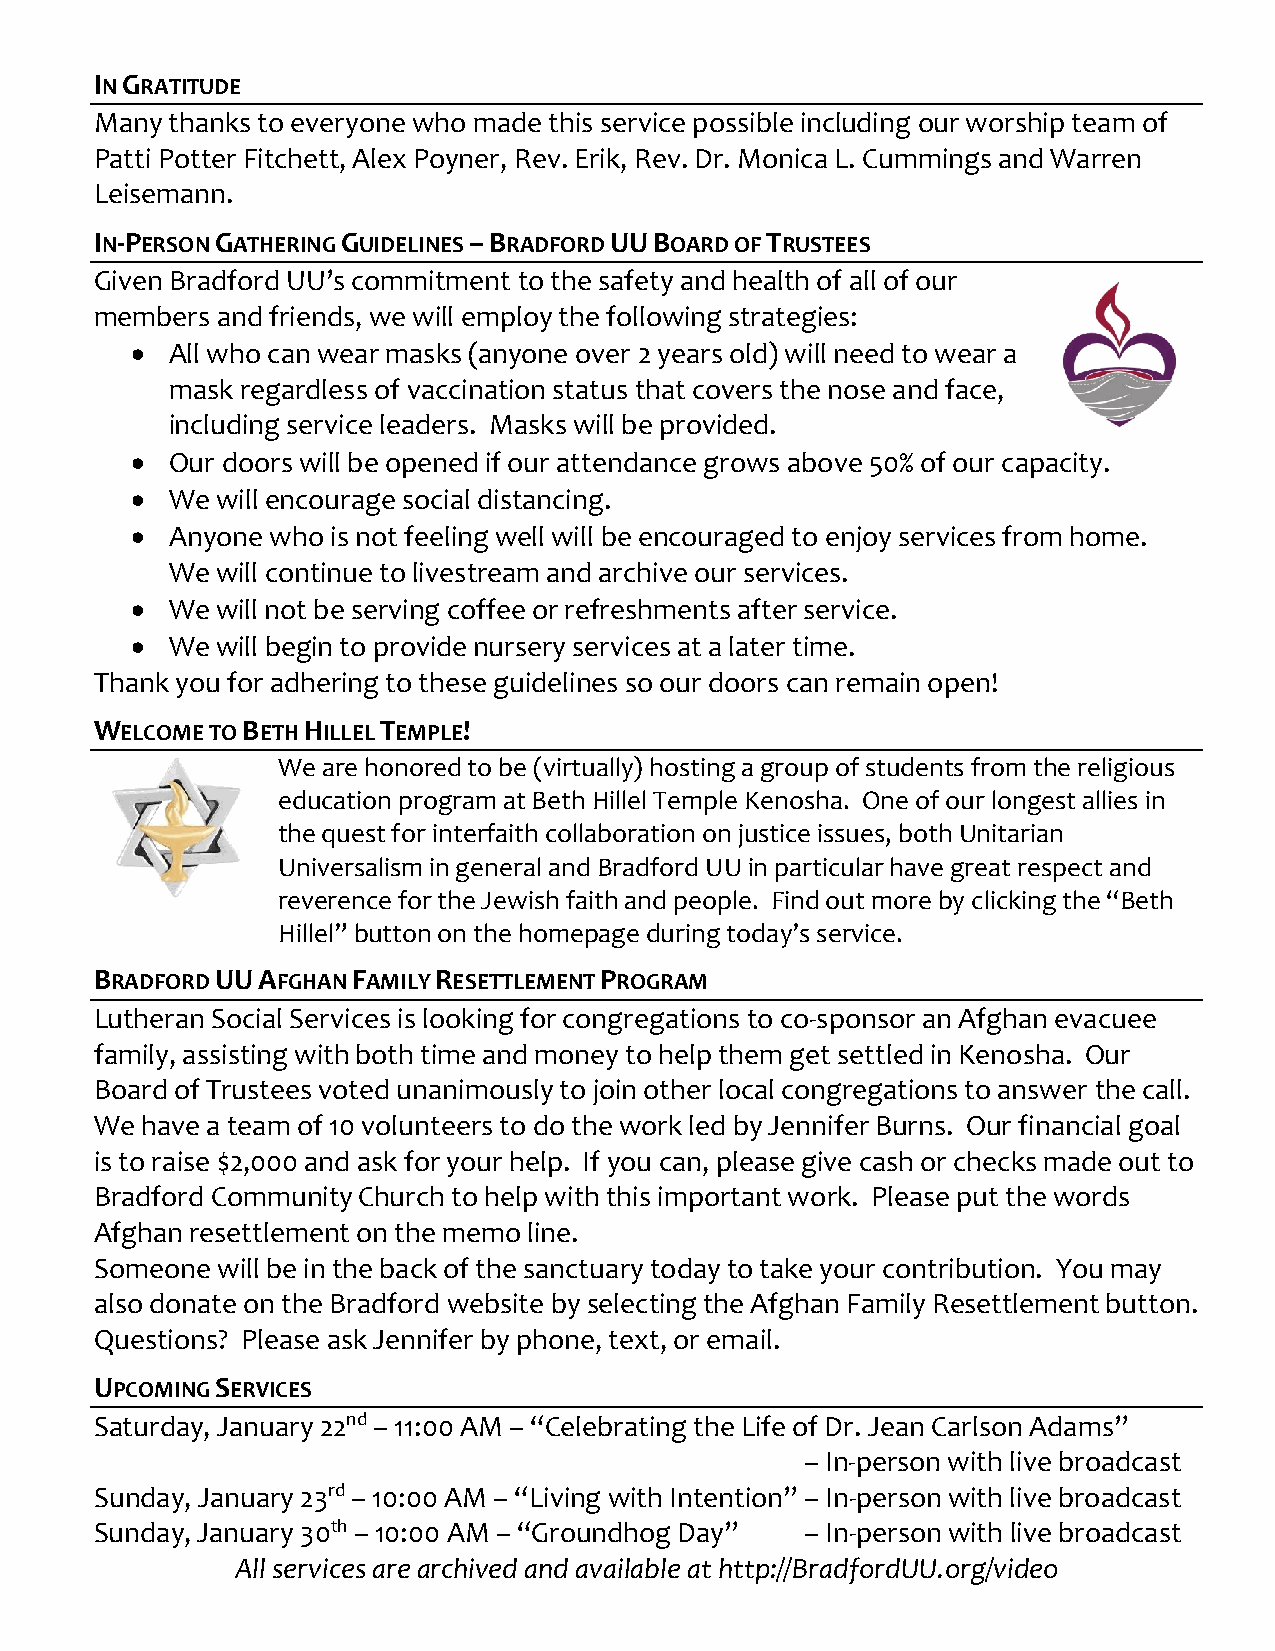
IN GRATITUDE
 Many thanks to everyone who made this service possible including our worship team of
 Patti Potter Fitchett, Alex Poyner, Rev. Erik, Rev. Dr. Monica L. Cummings and Warren
 Leisemann.
 IN-PERSON GATHERING GUIDELINES – BRADFORD UU BOARD OF TRUSTEES
 Given Bradford UU’s commitment to the safety and health of all of our
 members and friends, we will employ the following strategies:
 • All who can wear masks (anyone over 2 years old) will need to wear a
 mask regardless of vaccination status that covers the nose and face,
 including service leaders. Masks will be provided.
 • Our doors will be opened if our attendance grows above 50% of our capacity.
 • We will encourage social distancing.
 • Anyone who is not feeling well will be encouraged to enjoy services from home.
 We will continue to livestream and archive our services.
 • We will not be serving coffee or refreshments after service.
 • We will begin to provide nursery services at a later time.
 Thank you for adhering to these guidelines so our doors can remain open!
 WELCOME TO BETH HILLEL TEMPLE!
 We are honored to be (virtually) hosting a group of students from the religious
 education program at Beth Hillel Temple Kenosha. One of our longest allies in
 the quest for interfaith collaboration on justice issues, both Unitarian
 Universalism in general and Bradford UU in particular have great respect and
 reverence for the Jewish faith and people. Find out more by clicking the “Beth
 Hillel” button on the homepage during today’s service.
 BRADFORD UU AFGHAN FAMILY RESETTLEMENT PROGRAM
 Lutheran Social Services is looking for congregations to co-sponsor an Afghan evacuee
 family, assisting with both time and money to help them get settled in Kenosha. Our
 Board of Trustees voted unanimously to join other local congregations to answer the call.
 We have a team of 10 volunteers to do the work led by Jennifer Burns. Our financial goal
 is to raise $2,000 and ask for your help. If you can, please give cash or checks made out to
 Bradford Community Church to help with this important work. Please put the words
 Afghan resettlement on the memo line.
 Someone will be in the back of the sanctuary today to take your contribution. You may
 also donate on the Bradford website by selecting the Afghan Family Resettlement button.
 Questions? Please ask Jennifer by phone, text, or email.
 UPCOMING SERVICES
 Saturday, January 22nd – 11:00 AM – “Celebrating the Life of Dr. Jean Carlson Adams”
 – In-person with live broadcast
 Sunday, January 23rd – 10:00 AM – “Living with Intention” – In-person with live broadcast
 Sunday, January 30th – 10:00 AM – “Groundhog Day” – In-person with live broadcast
 All services are archived and available at http://BradfordUU.org/video